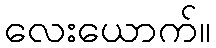
လေးယောက်။